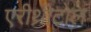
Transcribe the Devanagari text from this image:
एरीथ्रीटोल